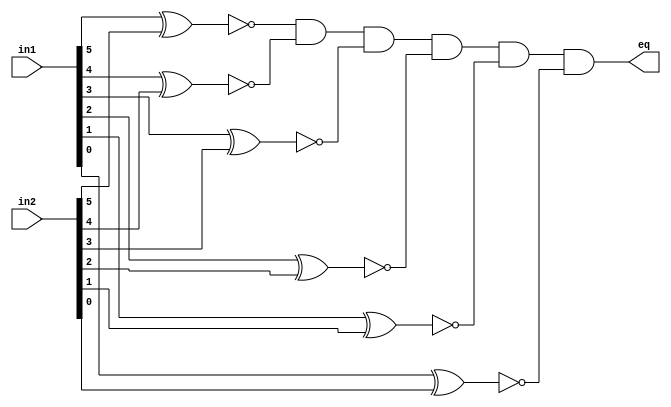
/* ------------------------------------------------ *
 * Project     : Digital Clock                      *
 * Module      : general_comparator                 *
 * ------------------------------------------------ *
 * Last Edit   : 25/05/2021                         *
 * ------------------------------------------------ *
 * Description : Compares whether the given two     *
	    	     are equal or not
 * ------------------------------------------------ */


module general_comparator (input [0:5]in1,
                           input [0:5]in2,

                           output eq);

wire t0,
     t1,
     t2,
     t3,
     t4,
     t5;

xnor G0 (t0,in1[0],in2[0]),  // for q'
     G1 (t1,in1[1],in2[1]),
     G2 (t2,in1[2],in2[2]),
     G3 (t3,in1[3],in2[3]),
     G4 (t4,in1[4],in2[4]),
     G5 (t5,in1[5],in2[5]);
and (eq,t0,t1,t2,t3,t4,t5);

endmodule